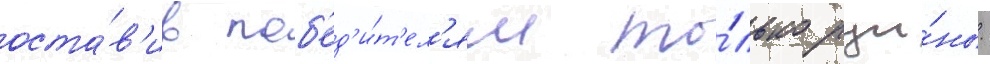
оста́в'ив поб'ед'и́т'ел'ям то́лько руи́ны.